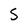
Character: 5